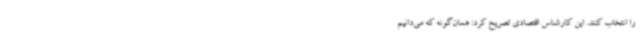
را انتخاب کنند. این کارشناس اقتصادی تصریح کرد: همان‌گونه که می‌دانیم